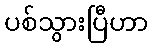
ပစ်သွားပြီဟာ